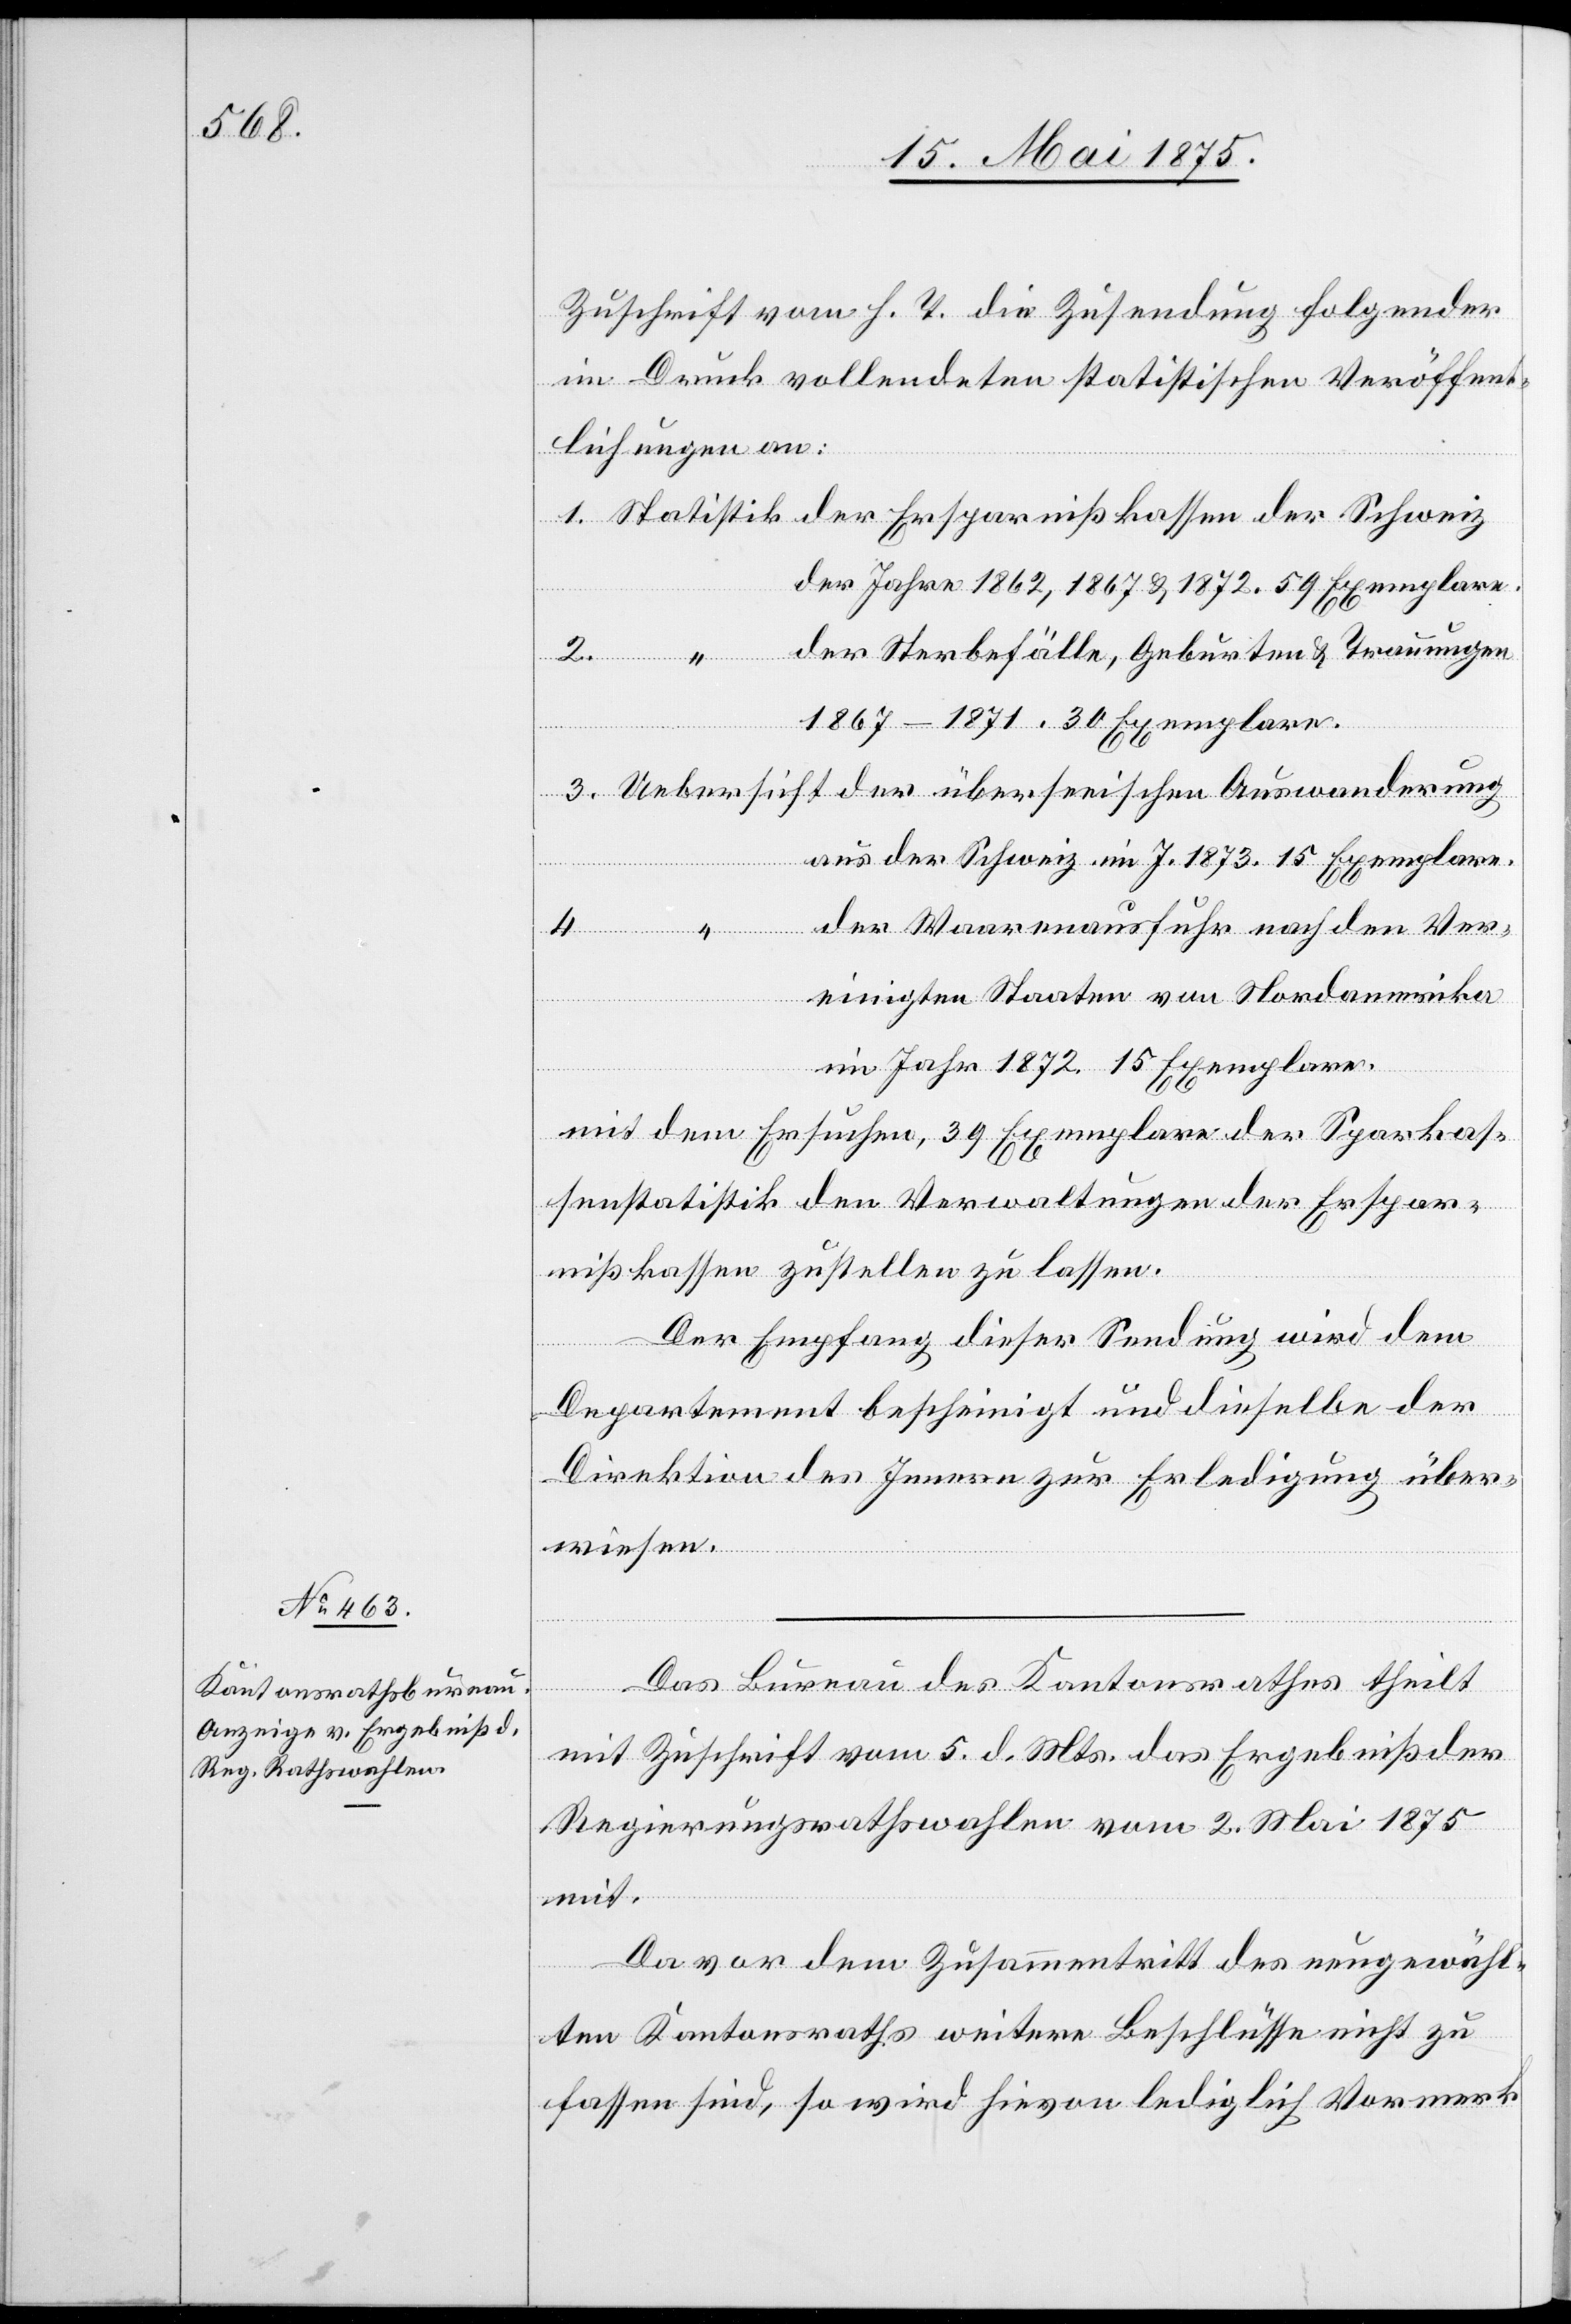
Zuschrift vom h. T. die Zusendung folgender
im Druck vollendeten statistischen Veröffent¬
lichungen an:
der Jahre 1862, 1867 & 1872. 59 Exemplare.
Der Sterbefälle, Geburten & Trauungen
1867–1871. 30 Exemplare.
Der
aus der Schweiz im J. 1873. 15 Exemplare.
Der Waarenausfuhr nach den Ver¬
einigten Staaten von Nordamerika
im Jahr 1872. 15 Exemplare.
mit dem Ersuchen, 39 Exemplare des Sparkas¬
senstatistik den Verwaltungen der Erspar¬
nißkassen zustellen zu lassen.
Der Empfang diese Sendung wird dem
Departement bescheinigt und dieselbe der
Direktion des Innern zur Erledigung über¬
wiesen.
3.
Das Bureau des Kantonsrathes theilt
mit Zuschrift vom 5. d. Mts. das Ergebniß der
Regierungsrathswahlen vom 2. Mai 1875
mit.
Da vor Zusammentritt des neugewähl¬
ten Kantonsraths weitere Beschlüsse nicht zu
fassen sind, so wird hievon lediglich Vormerk